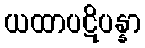
ယထာပဋိပန္နာ